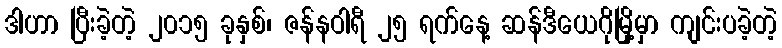
ဒါဟာ ပြီးခဲ့တဲ့ ၂၀၁၅ ခုနှစ်၊ ဇန်နဝါရီ ၂၅ ရက်နေ့ ဆန်ဒီယေဂိုမြို့မှာ ကျင်းပခဲ့တဲ့